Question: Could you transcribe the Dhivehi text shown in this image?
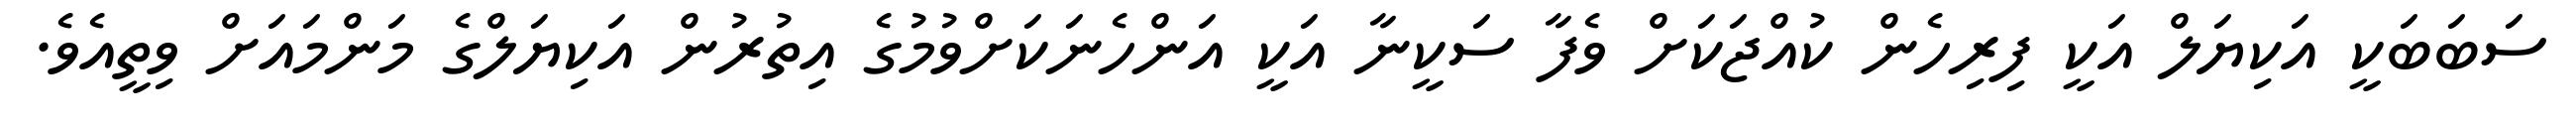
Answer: ސަބަބަކީ އަކިޔަލް އަކީ ފިރިހެން ކުއްޖަކަށް ވެފާ ސަކީނާ އަކީ އަންހެނަކަށްވުމުގެ އިތުރުން އަކިޔަލްގެ މަންމައަށް ވިތީއެވެ.